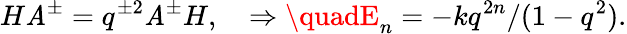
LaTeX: H\mathit{A}^{\pm}=q^{\pm2}\mathit{A}^{\pm}H,\quad\Rightarrow\quadE_{n}=-kq^{2n}/(1-q^{2}).